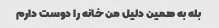
بله به همین دلیل من خانه را دوست دارم